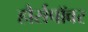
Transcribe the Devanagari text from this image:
हौर्सपॉवर